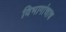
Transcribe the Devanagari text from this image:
विभागांचाच